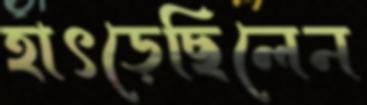
হাৎড়েছিলেন